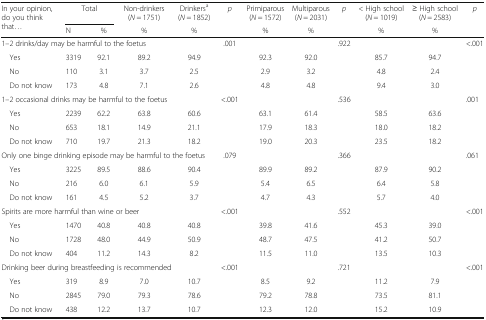
<table><thead><tr><td rowspan="2"><b>In your opinion, do you think that...</b></td><td colspan="2"><b>Total</b></td><td><b>Non-drinkers (<i>N</i> = 1751)</b></td><td><b>Drinkers<sup>a</sup>(<i>N</i> = 1852)</b></td><td rowspan="2"><b><i>p</i></b></td><td><b>Primiparous (<i>N</i> = 1572)</b></td><td><b>Multiparous (<i>N</i> = 2031)</b></td><td rowspan="2"><b><i>p</i></b></td><td><b>&lt; High school (<i>N</i> = 1019)</b></td><td><b>≥ High school (<i>N</i> = 2583)</b></td><td rowspan="2"><b><i>p</i></b></td></tr><tr><td><b>N</b></td><td><b>%</b></td><td><b>%</b></td><td><b>%</b></td><td><b>%</b></td><td><b>%</b></td><td><b>%</b></td><td><b>%</b></td></tr></thead><tbody><tr><td colspan="5">1–2 drinks/day may be harmful to the foetus</td><td>.001</td><td></td><td></td><td>.922</td><td></td><td></td><td>&lt;.001</td></tr><tr><td> Yes</td><td>3319</td><td>92.1</td><td>89.2</td><td>94.9</td><td></td><td>92.3</td><td>92.0</td><td></td><td>85.7</td><td>94.7</td><td></td></tr><tr><td> No</td><td>110</td><td>3.1</td><td>3.7</td><td>2.5</td><td></td><td>2.9</td><td>3.2</td><td></td><td>4.8</td><td>2.4</td><td></td></tr><tr><td> Do not know</td><td>173</td><td>4.8</td><td>7.1</td><td>2.6</td><td></td><td>4.8</td><td>4.8</td><td></td><td>9.4</td><td>3.0</td><td></td></tr><tr><td colspan="5">1–2 occasional drinks may be harmful to the foetus</td><td>&lt;.001</td><td></td><td></td><td>.536</td><td></td><td></td><td>.001</td></tr><tr><td> Yes</td><td>2239</td><td>62.2</td><td>63.8</td><td>60.6</td><td></td><td>63.1</td><td>61.4</td><td></td><td>58.5</td><td>63.6</td><td></td></tr><tr><td> No</td><td>653</td><td>18.1</td><td>14.9</td><td>21.1</td><td></td><td>17.9</td><td>18.3</td><td></td><td>18.0</td><td>18.2</td><td></td></tr><tr><td> Do not know</td><td>710</td><td>19.7</td><td>21.3</td><td>18.2</td><td></td><td>19.0</td><td>20.3</td><td></td><td>23.5</td><td>18.2</td><td></td></tr><tr><td colspan="5">Only one binge drinking episode may be harmful to the foetus</td><td>.079</td><td></td><td></td><td>.366</td><td></td><td></td><td>.061</td></tr><tr><td> Yes</td><td>3225</td><td>89.5</td><td>88.6</td><td>90.4</td><td></td><td>89.9</td><td>89.2</td><td></td><td>87.9</td><td>90.2</td><td></td></tr><tr><td> No</td><td>216</td><td>6.0</td><td>6.1</td><td>5.9</td><td></td><td>5.4</td><td>6.5</td><td></td><td>6.4</td><td>5.8</td><td></td></tr><tr><td> Do not know</td><td>161</td><td>4.5</td><td>5.2</td><td>3.7</td><td></td><td>4.7</td><td>4.3</td><td></td><td>5.7</td><td>4.0</td><td></td></tr><tr><td colspan="5">Spirits are more harmful than wine or beer</td><td>&lt;.001</td><td></td><td></td><td>.552</td><td></td><td></td><td>&lt;.001</td></tr><tr><td> Yes</td><td>1470</td><td>40.8</td><td>40.8</td><td>40.8</td><td></td><td>39.8</td><td>41.6</td><td></td><td>45.3</td><td>39.0</td><td></td></tr><tr><td> No</td><td>1728</td><td>48.0</td><td>44.9</td><td>50.9</td><td></td><td>48.7</td><td>47.5</td><td></td><td>41.2</td><td>50.7</td><td></td></tr><tr><td> Do not know</td><td>404</td><td>11.2</td><td>14.3</td><td>8.2</td><td></td><td>11.5</td><td>11.0</td><td></td><td>13.5</td><td>10.3</td><td></td></tr><tr><td colspan="5">Drinking beer during breastfeeding is recommended</td><td>&lt;.001</td><td></td><td></td><td>.721</td><td></td><td></td><td>&lt;.001</td></tr><tr><td> Yes</td><td>319</td><td>8.9</td><td>7.0</td><td>10.7</td><td></td><td>8.5</td><td>9.2</td><td></td><td>11.2</td><td>7.9</td><td></td></tr><tr><td> No</td><td>2845</td><td>79.0</td><td>79.3</td><td>78.6</td><td></td><td>79.2</td><td>78.8</td><td></td><td>73.5</td><td>81.1</td><td></td></tr><tr><td> Do not know</td><td>438</td><td>12.2</td><td>13.7</td><td>10.7</td><td></td><td>12.3</td><td>12.0</td><td></td><td>15.2</td><td>10.9</td><td></td></tr></tbody></table>